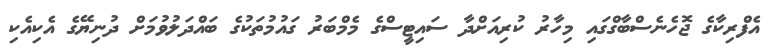
އެފްރިކާގެ ޖޮހެނެސްބާގްގައި މިހާރު ކުރިއަށްދާ ސައިޓީސްގެ މެމްބަރު ގައުމުތަކުގެ ބައްދަލުވުމަށް ދުނިޔޭގެ އެކިއެކި